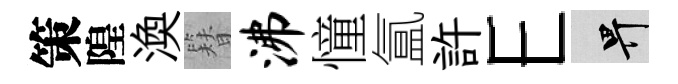
策隍渙簪沸憧氲許E畀